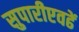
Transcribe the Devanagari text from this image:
सुपारीएवढें